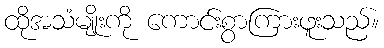
ထိုအသံမျိုးကို ကောင်းစွာကြားဖူးသည်။